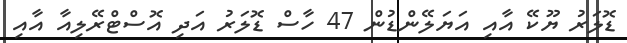
ޑޮލަރު ޔޫކޭ އާއި އަޔަލޭންޑުން 47 ހާސް ޑޮލަރު އަދި އޮސްޓްރޭލިއާ އާއި